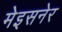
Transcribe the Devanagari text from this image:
मेइसनेर